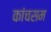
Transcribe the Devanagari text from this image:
कांचसम